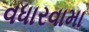
વધારવામા